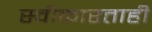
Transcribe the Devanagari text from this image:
स्वीकारताही